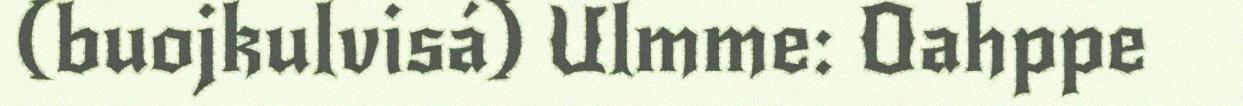
(buojkulvisá) Ulmme: Oahppe